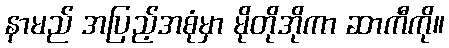
နာမည် အပြည့်အစုံမှာ မိုတိုအိုကာ ဆာကီကို။